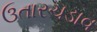
ઉતારચડાવ